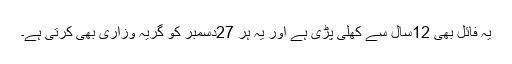
یہ فائل بھی 12سال سے کھلی پڑی ہے اور یہ ہر 27دسمبر کو گریہ وزاری بھی کرتی ہے۔